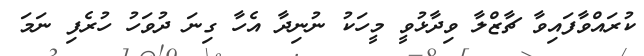
ކުރައްވާފައިވާ ޗާޒްލާ ވިދާޅުވީ މީހަކު ނުނިދާ އެހާ ގިނަ ދުވަހު ހުރެފި ނަމަ